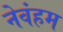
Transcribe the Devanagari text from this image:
नेवंहम